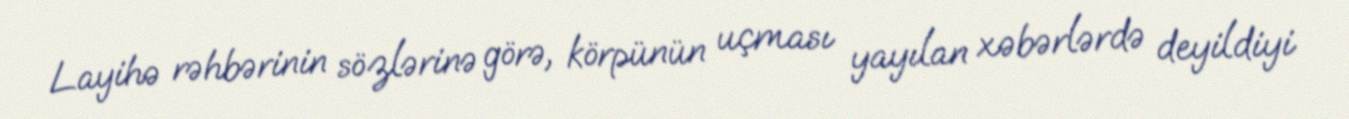
Layihə rəhbərinin sözlərinə görə, körpünün uçması yayılan xəbərlərdə deyildiyi